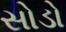
સોડો